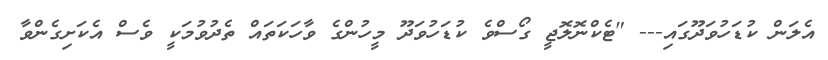
އެލަން ކުޑަހުވަދޫގައި--- "ޓެކްނޮލޮޖީ ގޯސްވެ ކުޑަހުވަދޫ މީހުންގެ ވާހަކަތައް ތެދުވުމަކީ ވެސް އެކަށިގެންވާ